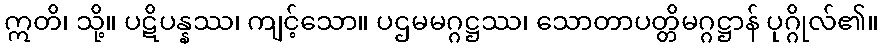
ဣတိ၊ သို့။ ပဋိပန္နဿ၊ ကျင့်သော။ ပဌမမဂ္ဂဋ္ဌဿ၊ သောတာပတ္တိမဂ္ဂဋ္ဌာန် ပုဂ္ဂိုလ်၏။